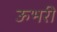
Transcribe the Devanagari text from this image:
ऊभरी